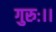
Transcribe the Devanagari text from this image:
गुरुः।।